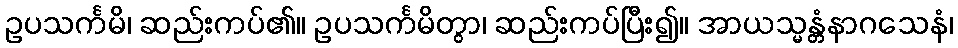
ဥပသင်္ကမိ၊ ဆည်းကပ်၏။ ဥပသင်္ကမိတွာ၊ ဆည်းကပ်ပြီး၍။ အာယသ္မန္တံနာဂသေနံ၊